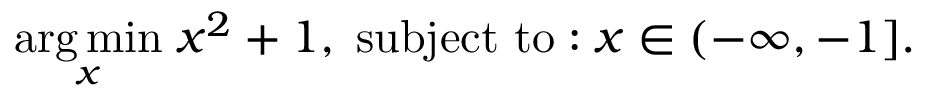
{ \underset { x } { \operatorname { a r g \, m i n } } } \; x ^ { 2 } + 1 , \; { \mathrm { s u b j e c t ~ t o : } } \; x \in ( - \infty , - 1 ] .